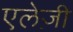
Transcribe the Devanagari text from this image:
एलेज़ी